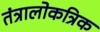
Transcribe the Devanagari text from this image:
तंत्रालोकत्रिक